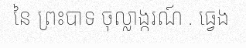
នៃ ព្រះបាទ ចុល្លាង្ករណ៍ . ធ្វេង